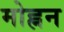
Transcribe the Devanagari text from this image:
मोह्नन